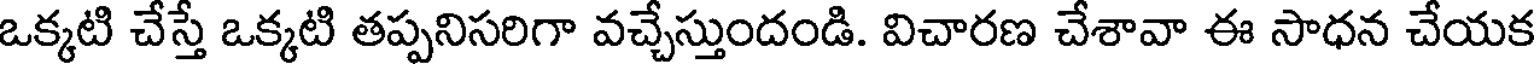
ఒక్కటి చేస్తే ఒక్కటి తప్పనిసరిగా వచ్చేస్తుందండి. విచారణ చేశావా ఈ సాధన చేయక